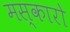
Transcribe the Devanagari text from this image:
मस्कारो